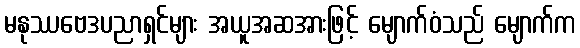
မနုဿဗေဒပညာရှင်များ အယူအဆအားဖြင့် မျောက်ဝံသည် မျောက်က